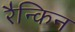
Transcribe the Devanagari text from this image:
रैन्किन